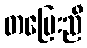
တပြေးညီ